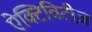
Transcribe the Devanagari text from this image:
ऐक्टिविटीज़